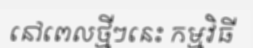
នៅពេលថ្មីៗនេះ កម្មវិធី